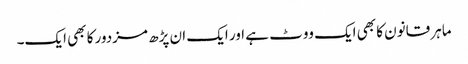
ماہر قانون کا بھی ایک ووٹ ہے اور ایک ان پڑھ مزدور کا بھی ایک۔